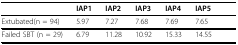
|  | IAP1 | IAP2 | IAP3 | IAP4 | IAP5 |  |
 | --- | --- | --- | --- | --- | --- | --- |
 | Extubated(n = 94) | 5.97 | 7.27 | 7.68 | 7.69 | 7.65 |  |
 | Failed SBT (n = 29) | 6.79 | 11.28 | 10.92 | 15.33 | 14.55 |  |